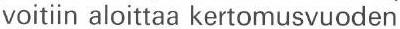
voitiin aloittaa kertomusvuoden